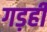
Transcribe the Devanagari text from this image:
गड़ही